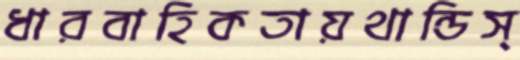
ধারবাহিকতায়থান্ডিস্